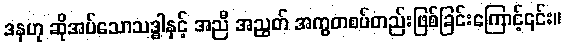
ဒနဟု ဆိုအပ်သောသဒ္ဓါနှင့် အညီ အညွတ် အကွတစပ်တည်းဖြစ်ခြင်းကြောင့်၎င်း။